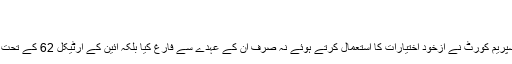
عمران نااہل نہ ہوئے تو – Pakistan24
صفحہ اول/کالم/عمران نااہل نہ ہوئے تو
پاکستان کے تیسری بار وزیراعظم منتخب ہوئے نواز شریف کو سپریم کورٹ نے ازخود اختیارات کا استعمال کرتے ہوئے نہ صرف ان کے عہدے سے فارغ کیا بلکہ آئین کے آرٹیکل 62 کے تحت تاحیات قومی اسمبلی کی رکنیت کے لئے نااہل بھی قرار دے دیا۔